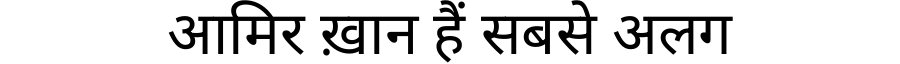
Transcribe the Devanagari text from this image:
आमिर ख़ान हैं सबसे अलग